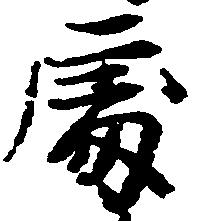
処